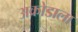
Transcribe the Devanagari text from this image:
अक्रोडाला